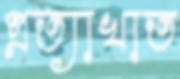
প্রত্যাখাত